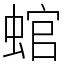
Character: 䗆